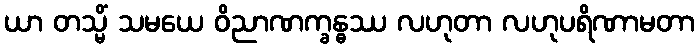
ယာ တသ္မိံ သမယေ ဝိညာဏက္ခန္ဓဿ လဟုတာ လဟုပရိဏာမတာ